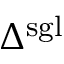
\Delta _ { \mathrm { } } ^ { \mathrm { s g l } }